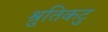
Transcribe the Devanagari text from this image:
श्रुतिकटु